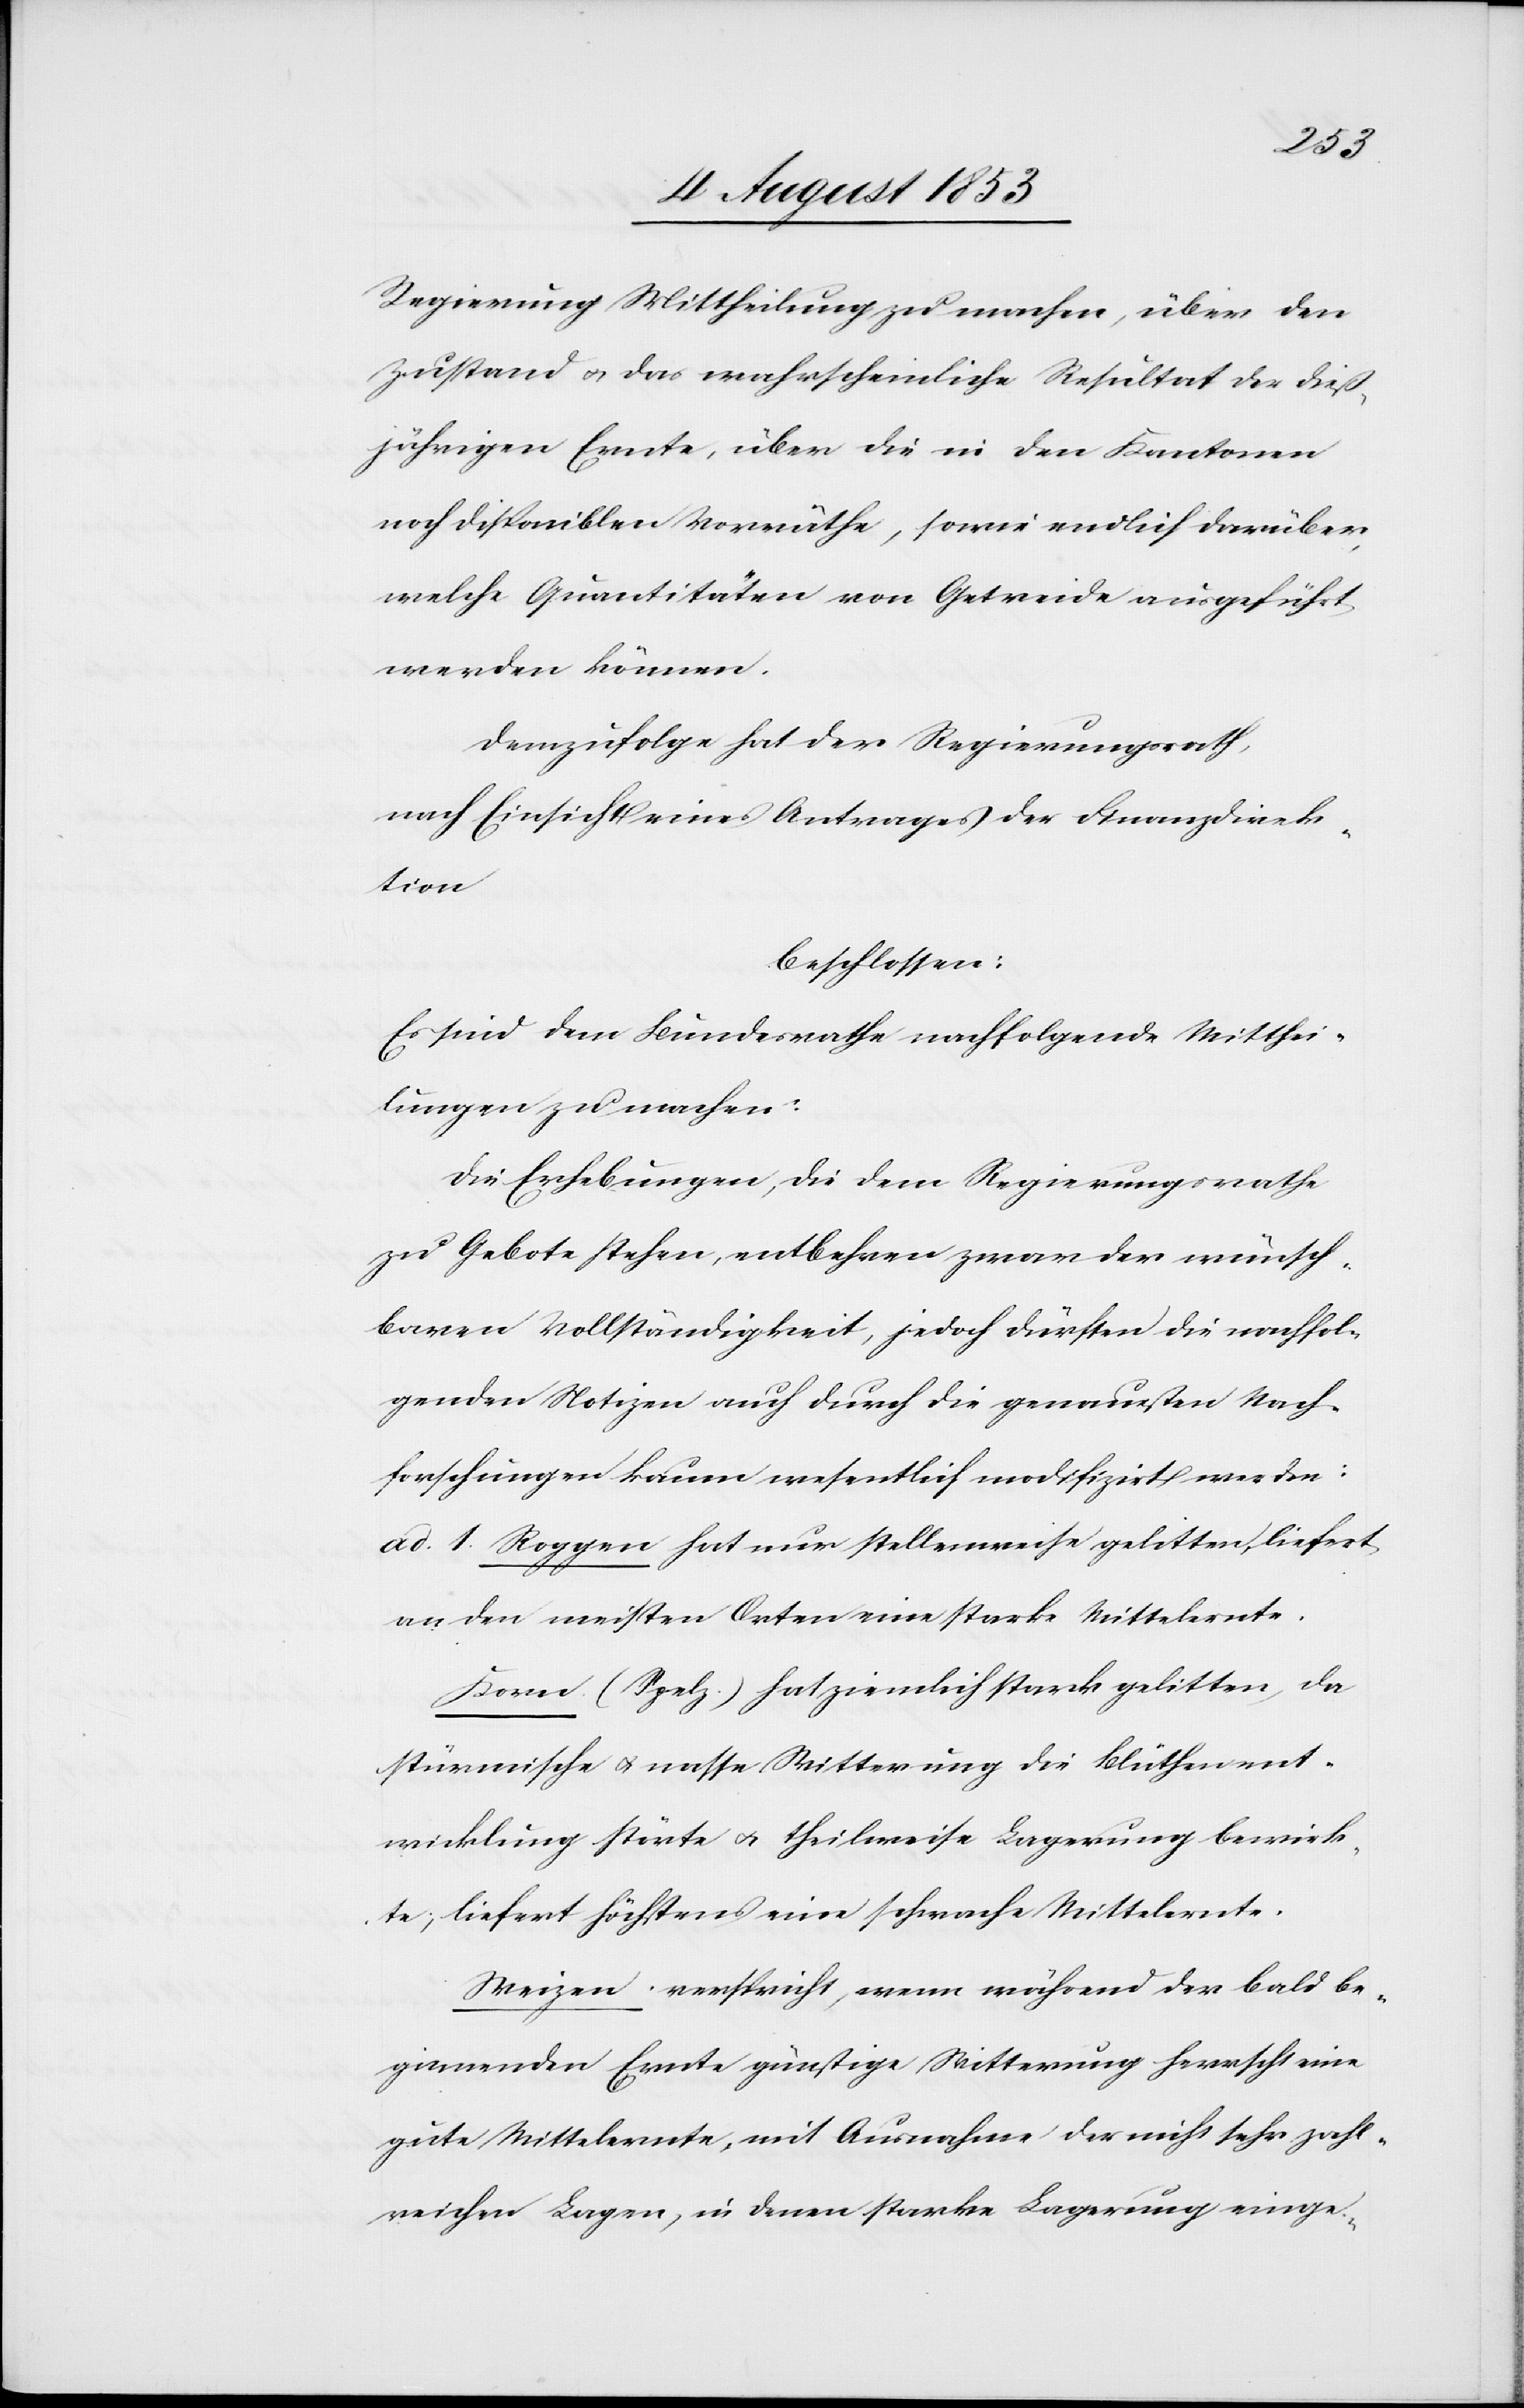
Regierung Mittheilung zu machen, über den
Zustand u. das wahrscheinliche Resultat der dieß¬
jährigen Ernte, über die in den Kantonen
noch disponiblen Vorräthe, sowie endlich darüber,
welche Quantitäten von Getreide ausgeführt
werden können.
Demzufolge hat der Regierungsrath,
nach Einsicht eines Antrages der Finanzdirek¬
tion
beschlossen:
Es sind dem Bundesrathe nachfolgende Mitthei¬
lungen zu machen:
Die Erhebungen, die dem Regierungsrathe
zu Gebote stehen, entbehren zwar der wünsch¬
baren Vollständigkeit, jedoch dürften die nachfol¬
genden Notizen auch durch die genauesten Nach¬
forschungen kaum wesentlich modifizirt werden:
ad. 1. Roggen hat nur stellenweise gelitten, liefert
an den meisten Orten eine starke Mittelernte.
Korn. (Spelz) hat ziemlich stark gelitten, da
stürmische u. nasse Witterung die Blüthenent¬
wicklung störte u. theilweise Lagerung bewirk¬
te, liefert höchstens eine schwache Mittelernte.
Weizen. verspricht, wenn während der bald be¬
ginnenden Ernte günstige Witterung herrscht eine
gute Mittelernte, mit Ausnahme der nicht sehr zahl¬
reichen Lagen, in denen starke Lagerung [sic!] einge-